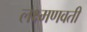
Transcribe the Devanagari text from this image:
लक्ष्मणवती